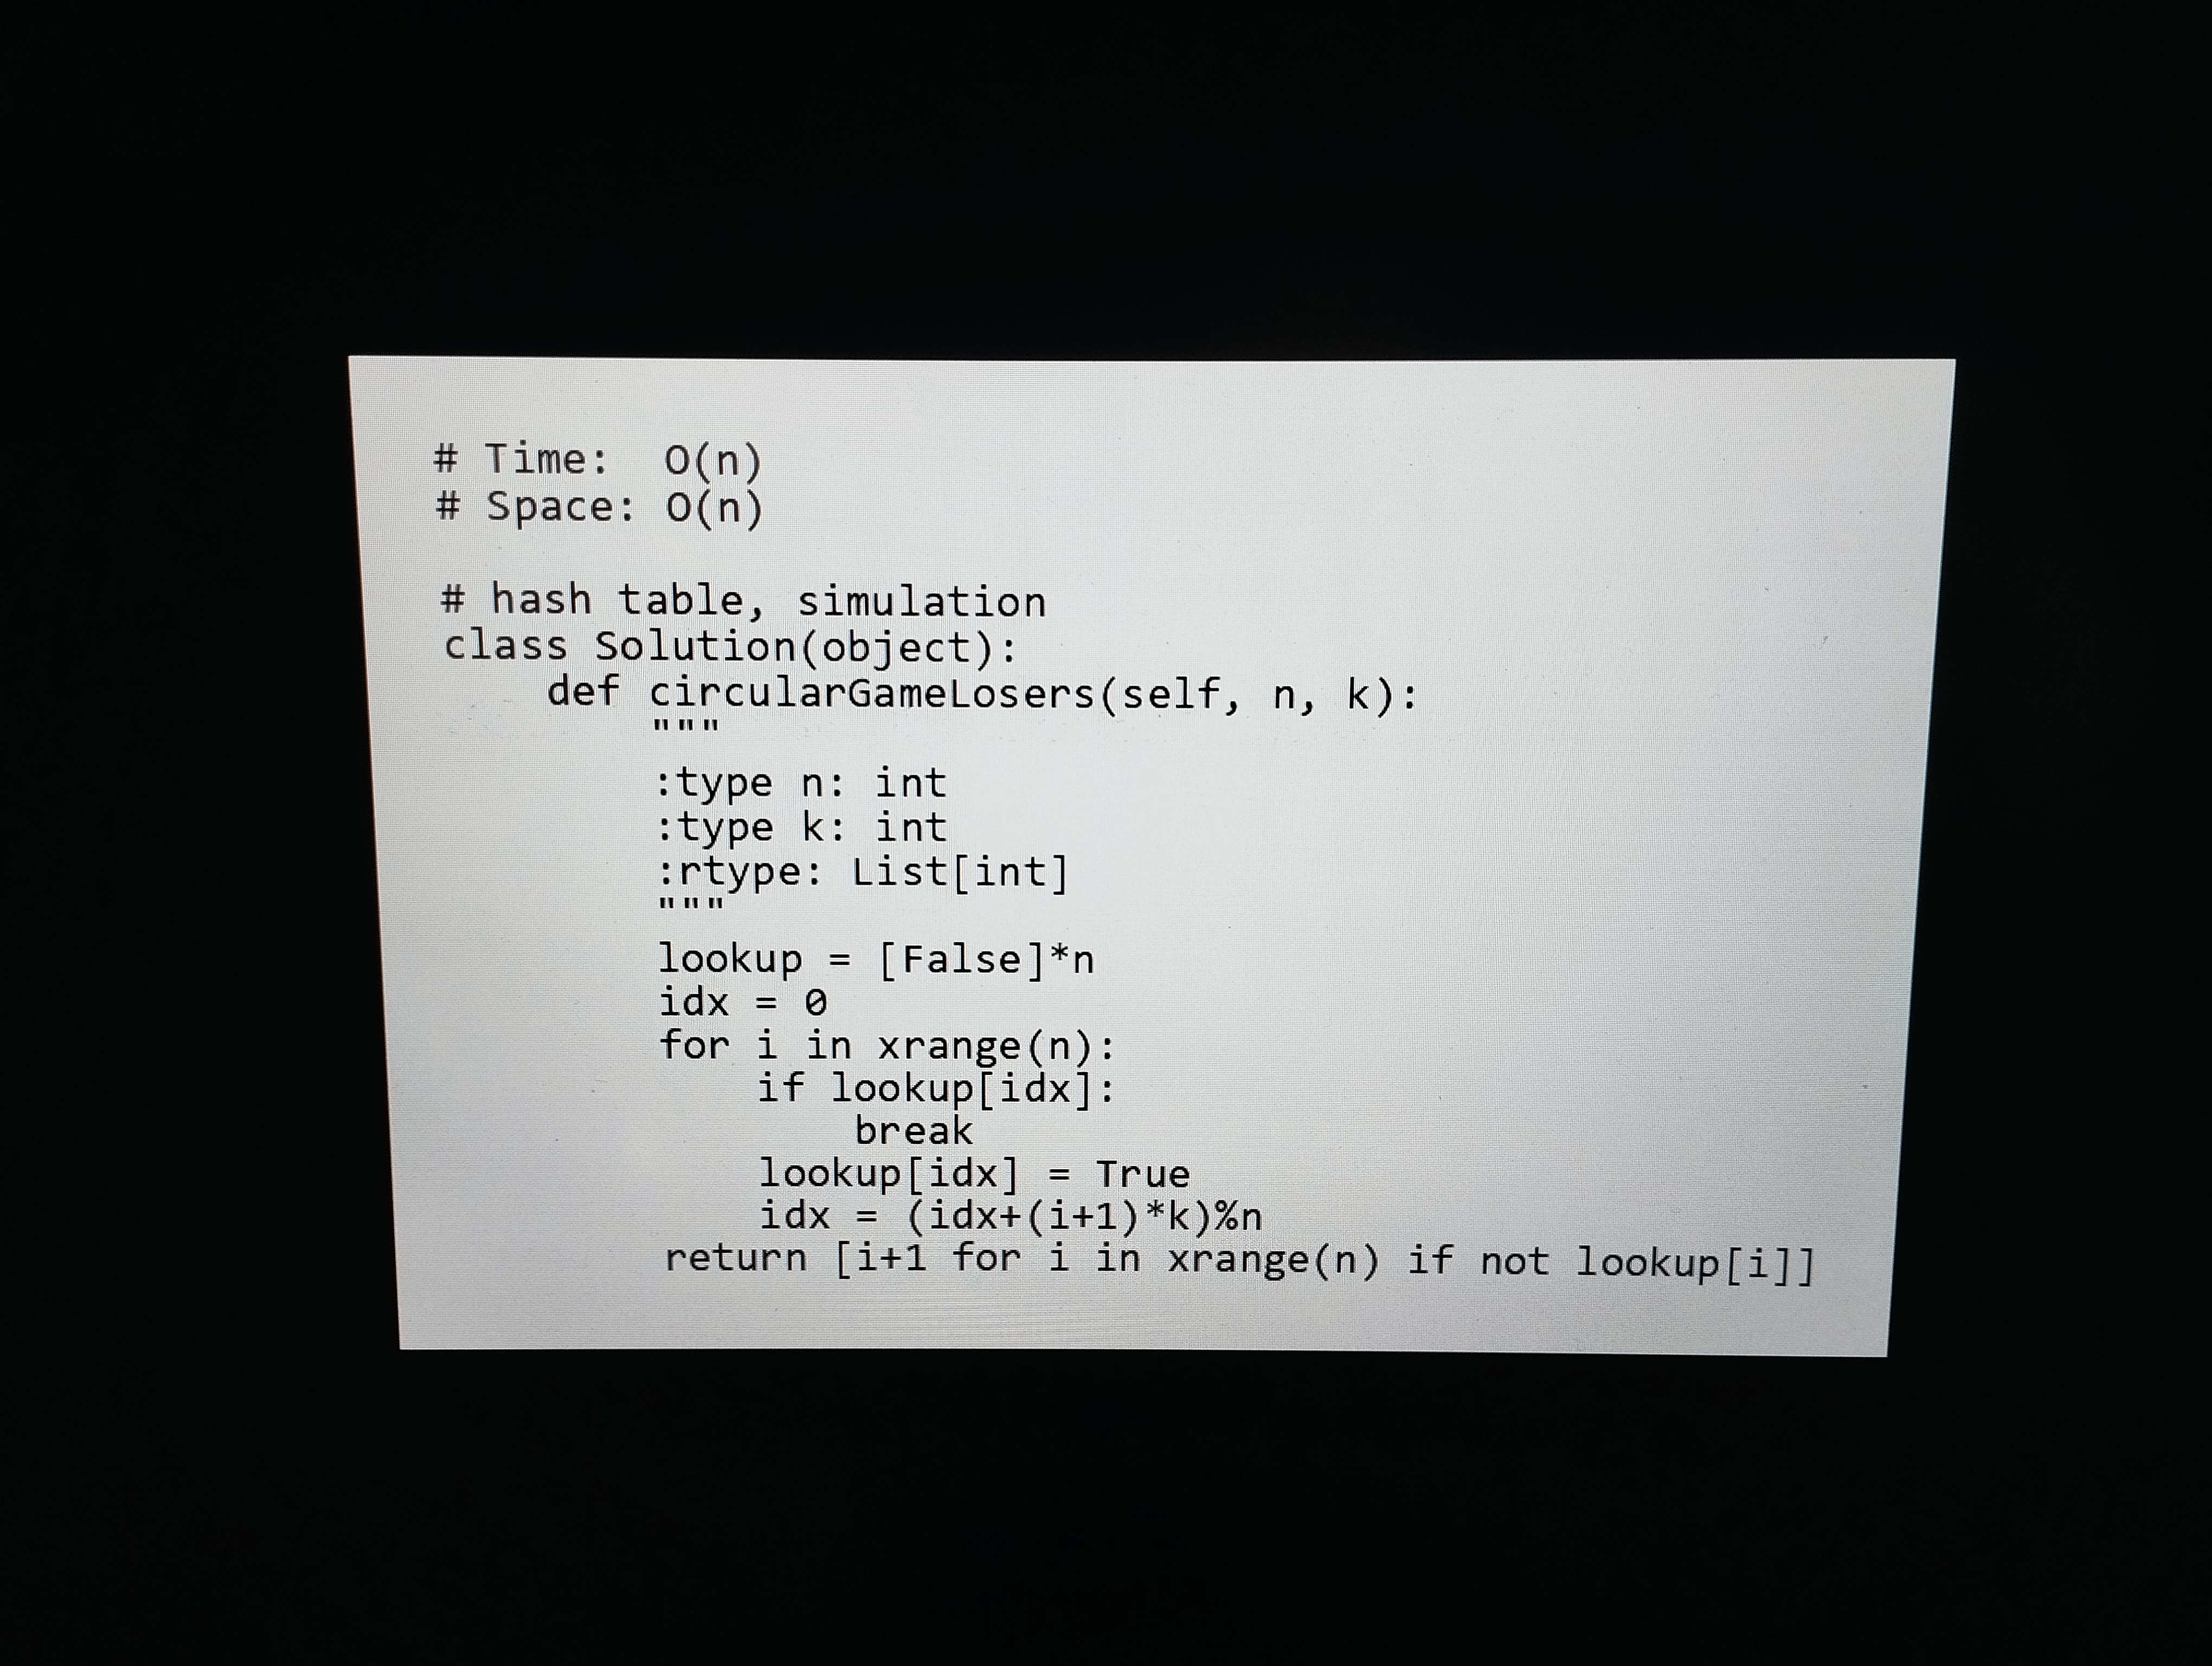
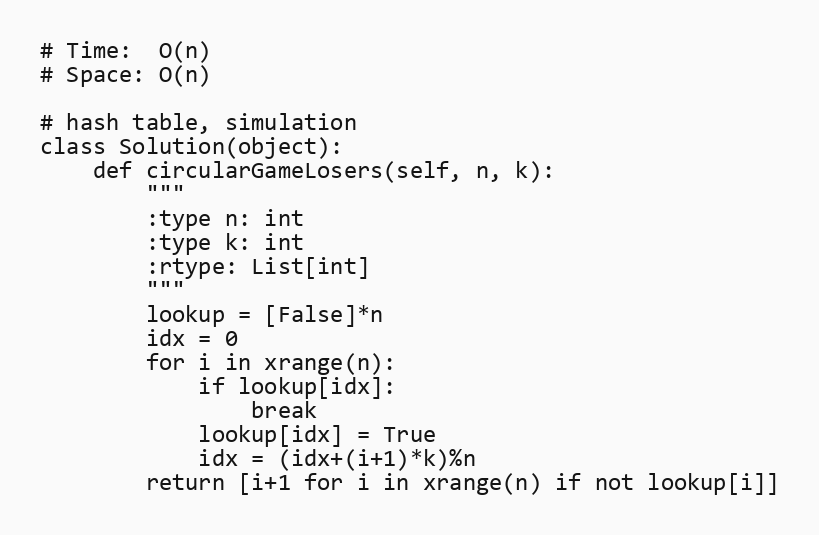
# Time:  O(n)
# Space: O(n)

# hash table, simulation
class Solution(object):
    def circularGameLosers(self, n, k):
        """
        :type n: int
        :type k: int
        :rtype: List[int]
        """
        lookup = [False]*n
        idx = 0
        for i in xrange(n):
            if lookup[idx]:
                break
            lookup[idx] = True
            idx = (idx+(i+1)*k)%n
        return [i+1 for i in xrange(n) if not lookup[i]]